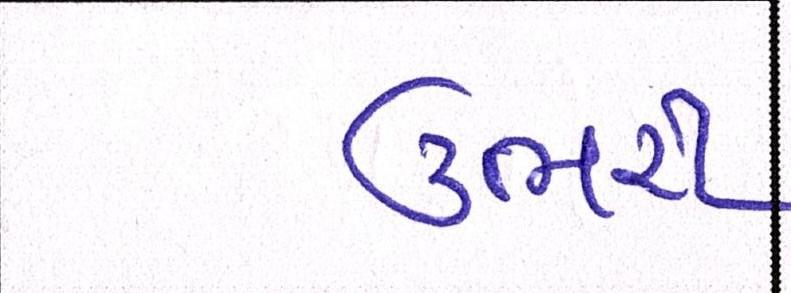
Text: ઉભરી